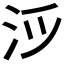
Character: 𪵯